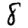
Digit: 8